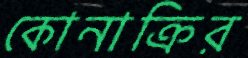
কোনাক্রির